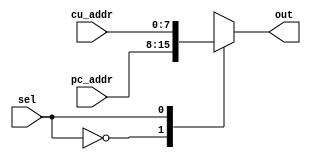
module MUX_MEMORY(
    input sel,
    input [7:0] pc_addr,
    input [7:0] cu_addr,
    
    output reg [7:0] out
);

//initial out = 8'hzz;


//Asterisk for combinational logic
always@(*) begin
    case(sel)
        1'b0: out     = pc_addr;
        1'b1: out     = cu_addr;
        default: out   = 8'hzz;   //disconnect if no select
    endcase
end

endmodule